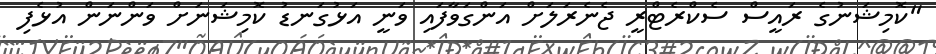
"ކޮމިޝަނުގެ ރައީސް ސެކްރެޓްރީ ޖެނެރަލަށް އަންގަވާފައި ވަނީ އަޅުގަނޑު ކޮމިޝަނަށް ވަންނަން އުޅެފި